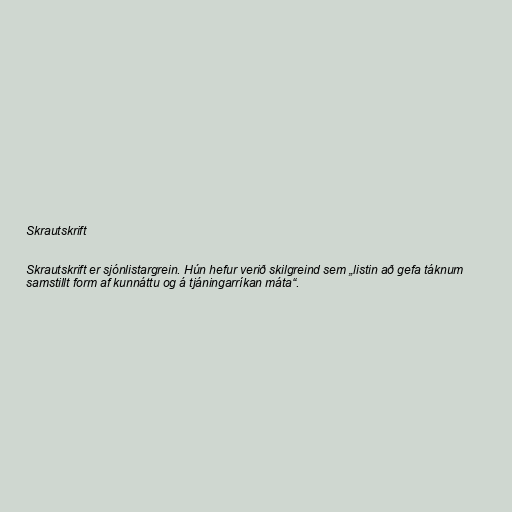
Skrautskrift

Skrautskrift er sjónlistargrein. Hún hefur verið skilgreind sem „listin að gefa táknum
samstillt form af kunnáttu og á tjáningarríkan máta“.